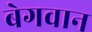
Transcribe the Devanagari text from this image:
बेगवान